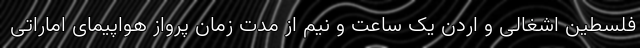
فلسطین اشغالی و اردن یک ساعت و نیم از مدت زمان پرواز هواپیمای اماراتی